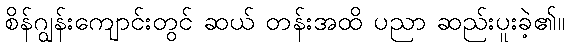
စိန်ဂျွန်းကျောင်းတွင် ဆယ် တန်းအထိ ပညာ ဆည်းပူးခဲ့၏။